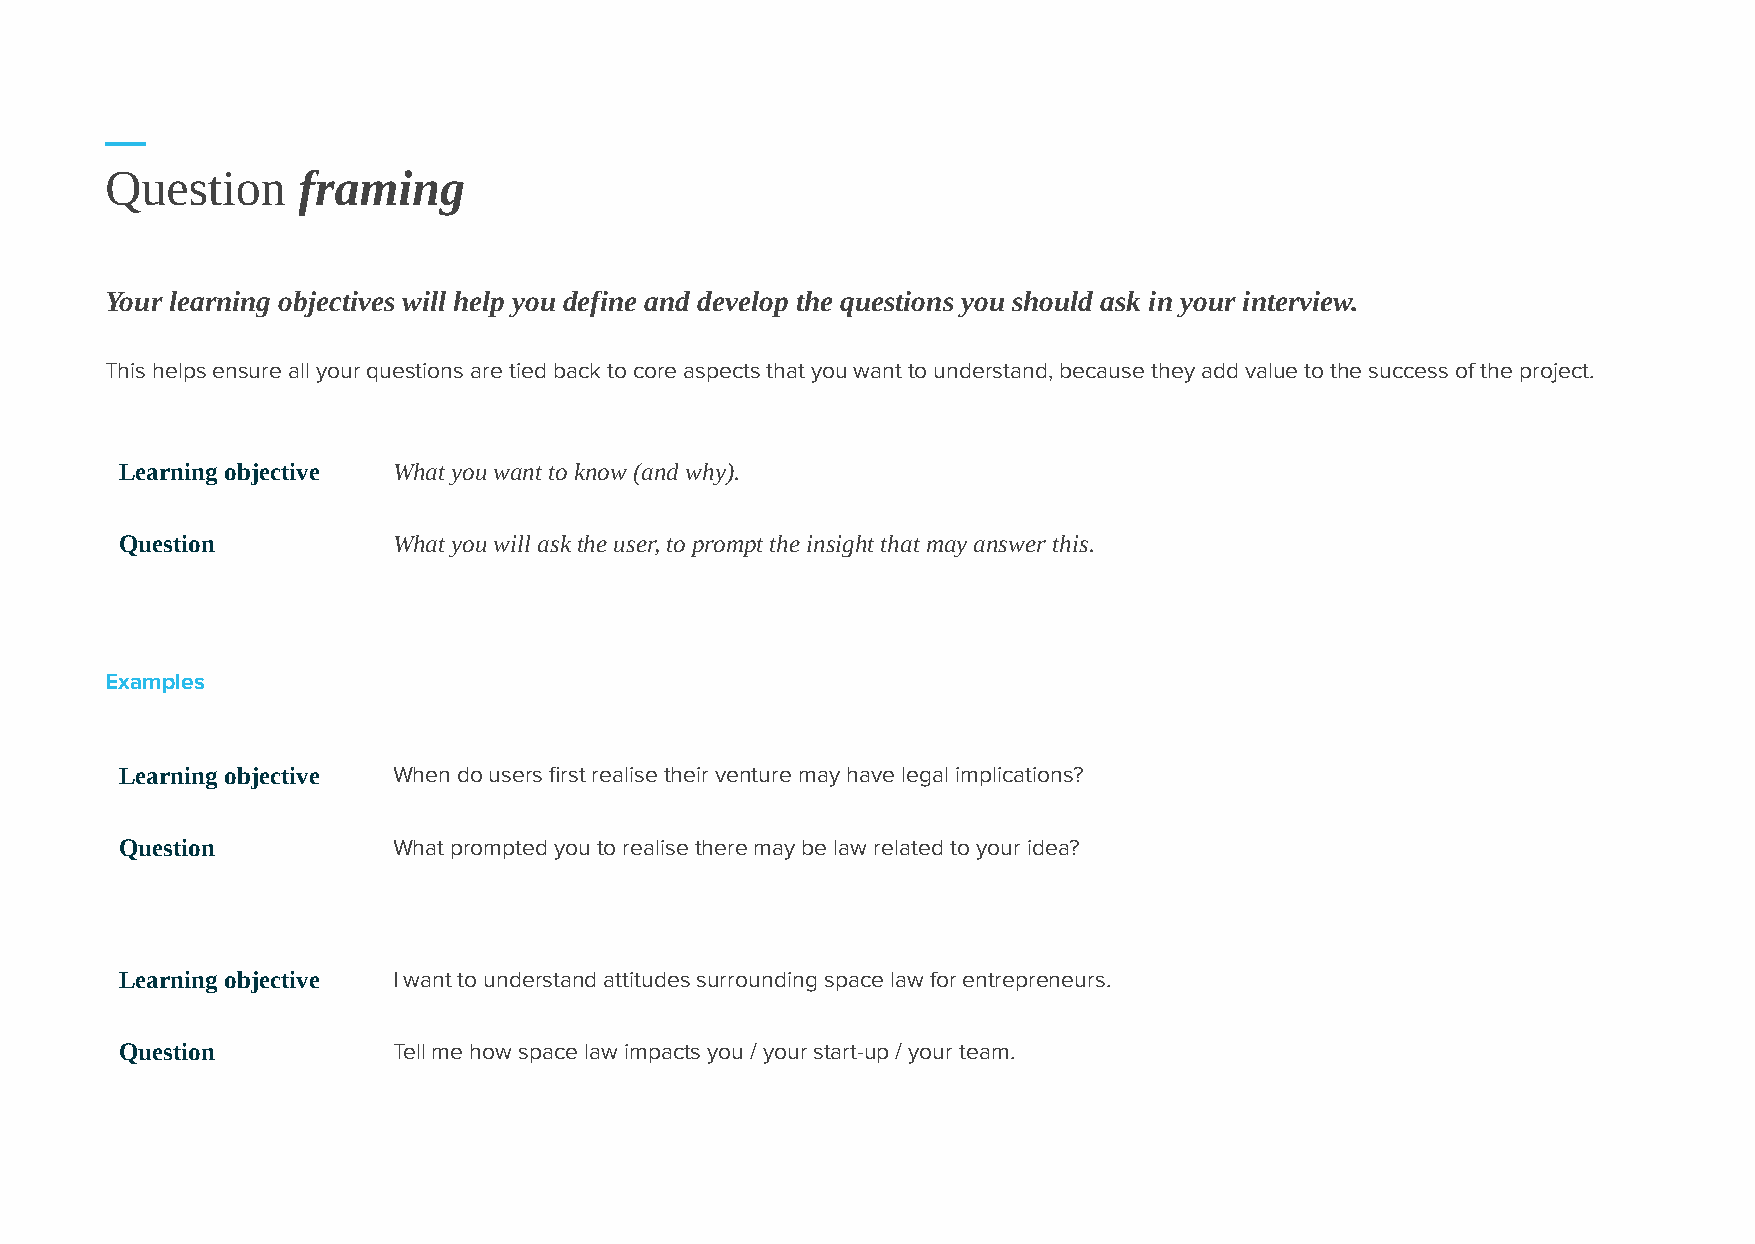
Question     framing
 Your learning objectives will help you define and develop the questions you should ask in your interview.
 This helps ensure all your questions are tied back to core aspects that you want to understand, because they add value to the success of the project.
 Learning objective What you want to know (and why).
 Question          What you will ask the user, to prompt the insight that may answer this.
 Examples
 Learning objective When do users first realise their venture may have legal implications?
 Question          What prompted you to realise there may be law related to your idea?
 Learning objective I want to understand attitudes surrounding space law for entrepreneurs.
 Question          Tell me how space law impacts you / your start-up / your team.